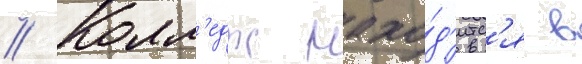
// Колл'едж нахо́д'итс'я в